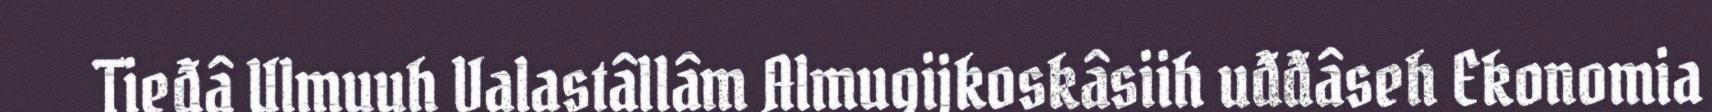
Tieđâ Ulmuuh Valastâllâm Almugijkoskâsiih uđđâseh Ekonomia